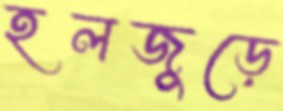
হলজুড়ে